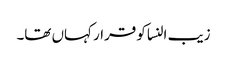
زیب النسا کو قرار کہاں تھا۔